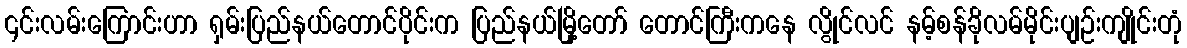
၎င်းလမ်းကြောင်းဟာ ရှမ်းပြည်နယ်တောင်ပိုင်းက ပြည်နယ်မြို့တော် တောင်ကြီးကနေ လွိုင်လင် နမ့်စန်ခိုလမ်မိုင်းပျဉ်းကျိုင်းတုံ